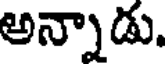
అన్నాడు.